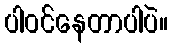
ပါ၀င်နေတာပါပဲ။